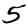
Digit: 5